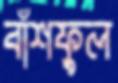
বাঁশফুল